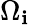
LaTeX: \Omega_{\mathbf{i}}